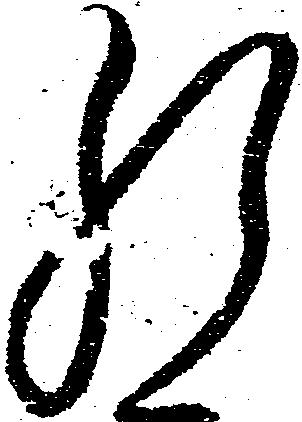
肝